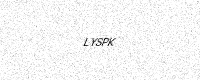
Text: LYSPK